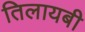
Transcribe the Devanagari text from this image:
तिलायबी